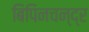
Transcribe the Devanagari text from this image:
बिपिनचन्द्र